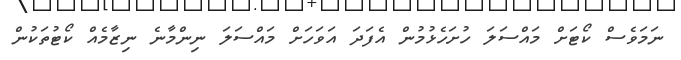
ނަމަވެސް ކޯޓަށް މައްސަލަ ހުށަހެޅުމުން އެފަދަ އަވަހަށް މައްސަލަ ނިންމާނެ ނިޒާމެއް ކޯޓުތަކުން